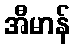
အီမာန်